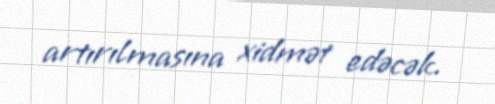
artırılmasına xidmət edəcək.